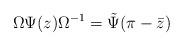
LaTeX: \begin{align*}\Omega \Psi(z) \Omega^{-1} = \tilde{\Psi}(\pi - \bar{z})\end{align*}